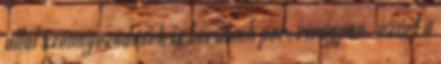
által szennyeződések is kerülnek por, virágpor , ezért a